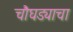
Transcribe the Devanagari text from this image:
चौघड्याचा